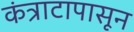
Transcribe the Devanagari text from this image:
कंत्राटापासून